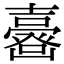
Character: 𡕉